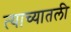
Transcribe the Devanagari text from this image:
त्याच्यातली